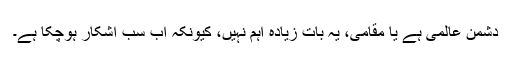
دشمن عالمی ہے یا مقامی، یہ بات زیادہ اہم نہیں، کیونکہ اب سب آشکار ہوچکا ہے۔